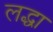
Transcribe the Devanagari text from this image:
लद्धा